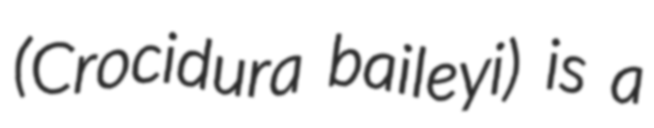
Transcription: (Crocidura baileyi) is a